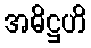
အဓိဋ္ဌဟိ